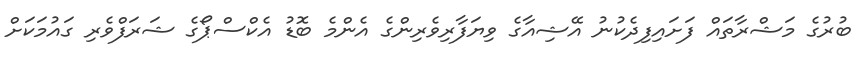
ބުރުގެ މަޝްރާތައް ފަށައިފިދެކުނު އޭޝިއާގެ ވިޔަފާރިވެރިންގެ އެންމެ ބޮޑު އެކްސްޕޯގެ ޝަރަފްވެރި ގައުމަކަށް